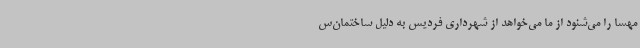
مهسا را می‌شنود از ما می‌خواهد از شهرداری فردیس به دلیل ساختمان‌س